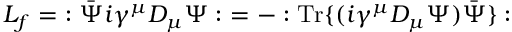
{ \cal L } _ { f } = \ : \bar { \Psi } i \gamma ^ { \mu } { \cal D } _ { \mu } \Psi : \ = - : \mathrm { T r } \{ ( i \gamma ^ { \mu } { \cal D } _ { \mu } \Psi ) { \bar { \Psi } } \} :